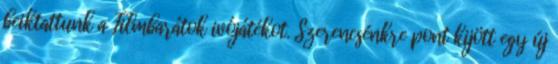
beiktattunk a Filmbarátok ivójátékot. Szerencsénkre pont kijött egy új